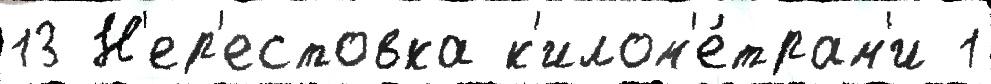
13 Н'ер'естовка к'илом'е́трам'и 1